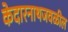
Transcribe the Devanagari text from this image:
केदारनाथजवळील